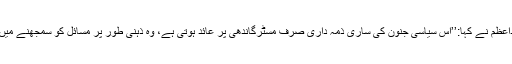
اس پر قائداعظم نے کہا:’’اس سیاسی جنون کی ساری ذمہ داری صرف مسٹرگاندھی پر عائد ہوتی ہے، وہ ذہنی طور پر مسائل کو سمجھنے میں نااہل ہیں۔